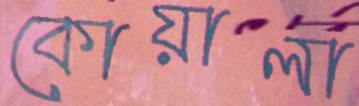
কোয়ালা